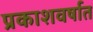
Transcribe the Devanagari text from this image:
प्रकाशवर्षात